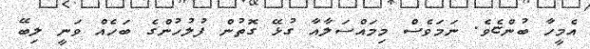
އެމީހާ ބުންޏެވެ. ނަމަވެސް މިމައްސަލާއާ ގުޅޭ ގޮތުން ފުލުހުންގެ ބަހެއް ވަނީ ލިބޭ